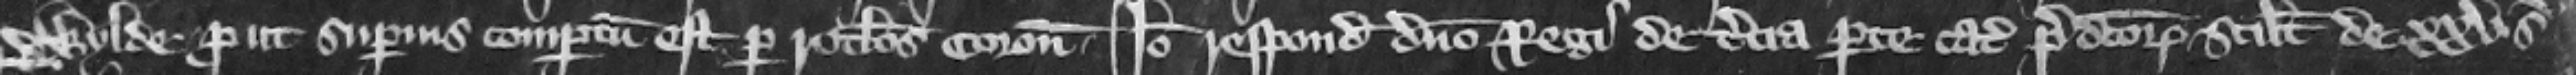
Wylde prout superius compertum est per rotulos coronatoris. Ideo respondeant domino regi de tercia parte catallorum predictorum scilicet de .xxv. s .